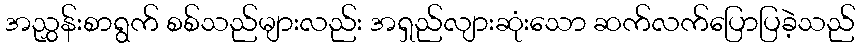
အညွှန်းစာရွက် စစ်သည်များလည်း အရှည်လျားဆုံးသော ဆက်လက်ပြောပြခဲ့သည်